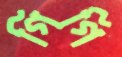
গিগি